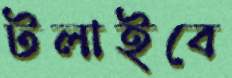
টলাইবে